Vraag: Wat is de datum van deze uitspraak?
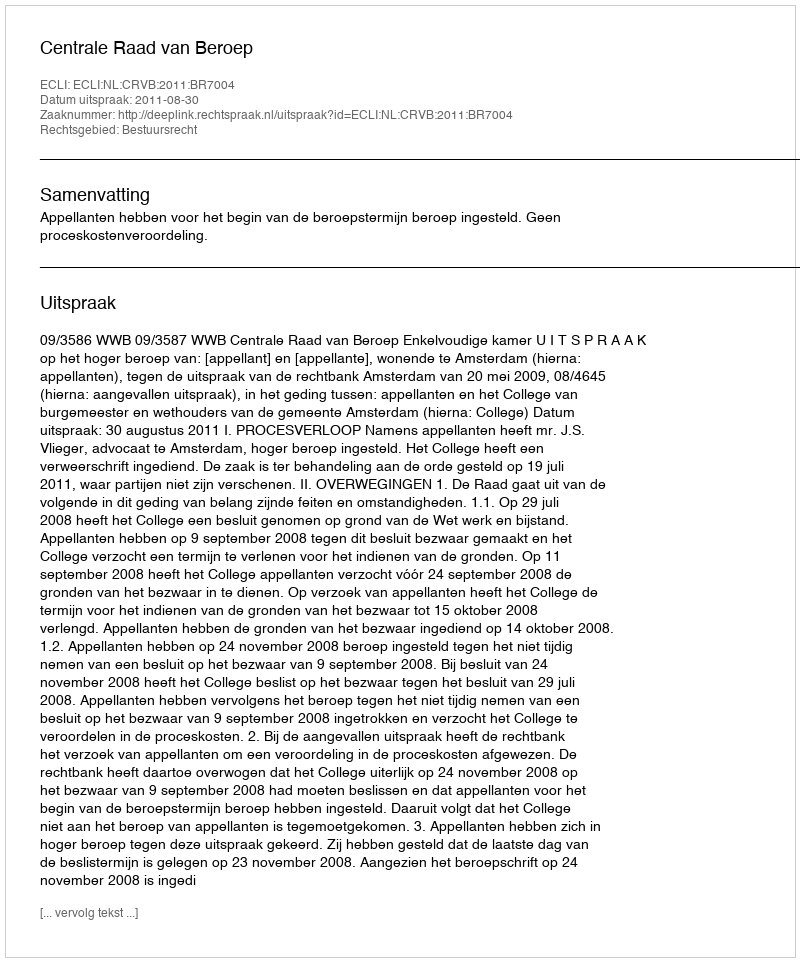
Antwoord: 2011-08-30